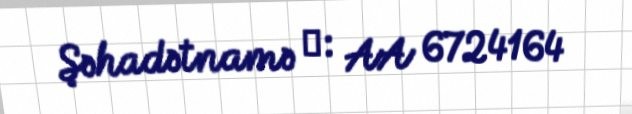
Şəhadətnamə №: AA 6724164